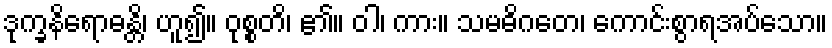
ဒုက္ခနိရောဓန္တိ၊ ဟူ၍။ ဝုစ္စတိ၊ ၏။ ဝါ၊ ကား။ သမဓိဂတေ၊ ကောင်းစွာရအပ်သော။